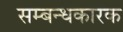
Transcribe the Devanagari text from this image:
सम्बन्धकारक